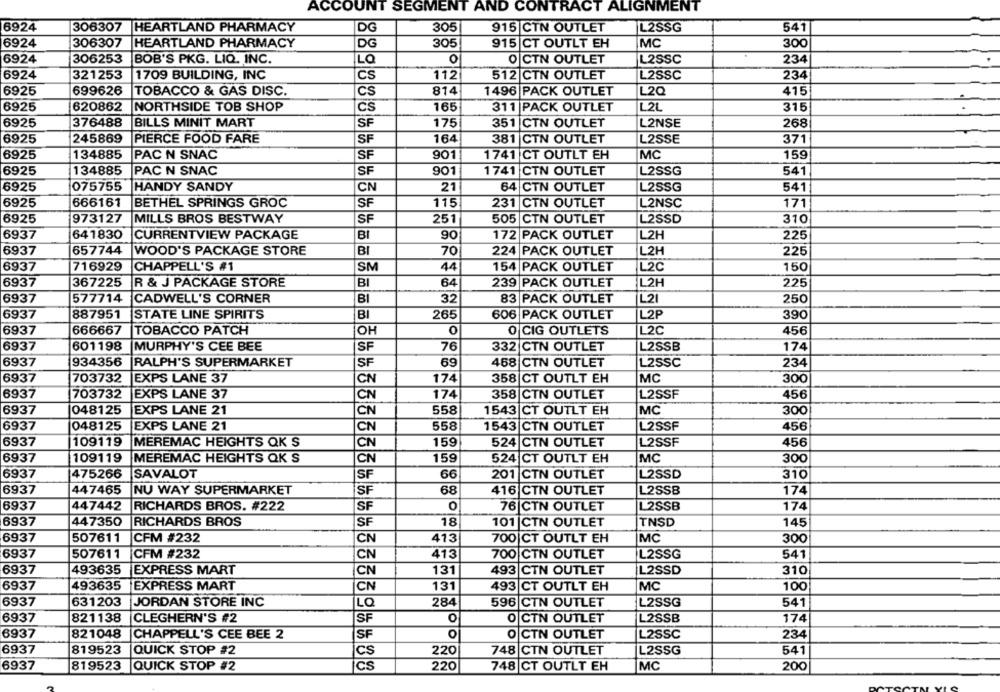
ACCOUNT SEGMENT AND CONTRACT ALIGNMENT
39
306307 HEARTLAND PHARMACY
DG
305
L2SSG
915 CTN OUTLET
541
6924
306307
HEARTLAND PHARMACY
DG
305
915 |CT OUTLT EH
MC
300
6924
306253
BOB'S PKG. LIQ, INC.
LQ
0
O CTN OUTLET
L2SSC
234
6924
321253
1709 BUILDING, INC
112
512 CTN OUTLET
L2SSC
234
CS
699626
6925
TOBACCO & GAS DISC.
CS
814
1496 PACK OUTLET
L20
415
6925
620862
NORTHSIDE TOB SHOP
CS
165
311 PACK OUTLET
L2L
315
6925
376488
BILLS MINIT MART
SF
175
351 CTN OUTLET
L2NSE
268
6925
245869
PIERCE FOOD FARE
SF
164
381 |CTN OUTLET
371
L2SSE
6925
134885
PAC N SNAC
SF
901
1741 CT OUTLT EH
MC
159
25
134885
PAC N SNAC
SF
901
1741 CTN OUTLET
L2SSG
541
075755 |HANDY SANDY
64 CTN OUTLET
L2SSG
541
6925
CN
21
69
5
666161
BETHEL SPRINGS GROC
SF
115
231 CTN OUTLET
L2NSC
171
5
973127
MILLS BROS BESTWAY
SF
251
505 CTN OUTLET
L2SSD
310
69
641830
CURRENTVIEW PACKAGE
BI
172 PACK OUTLET
90
L2H
225
69
657744
WOOD'S PACKAGE STORE
BI
70
224 PACK OUTLET
L2H
225
59
7
716929
CHAPPELL'S #1
SM
44
154 PACK OUTLET
L2C
150
59
367225
R & J PACKAGE STORE
BI
64
239 PACK OUTLET
L2H
225
6937
577714
L21
CADWELL'S CORNER
BI
32
83 PACK OUTLET
250
6937
887951
STATE LINE SPIRITS
BI
265
606 PACK OUTLET
L2P
390
6937
666667
TOBACCO PATCH
OH
0
O CIG OUTLETS
L2C
456
332 CTN OUTLET
L2SSB
6937
601198
MURPHY'S CEE BEE
SF
76
174
69
934356
RALPH'S SUPERMARKET
SF
69
468 CTN OUTLET
L2SSC
234
6937
703732
EXPS LANE 37
CN
174
358|CT OUTLT EH
MC
300
6937
703732
EXPS LANE 37
174
358 CTN OUTLET
L2SSF
456
CN
6937
048125
EXPS LANE 21
CN
558
1543 CT OUTLT EH
MC
300
6937
048125
EXPS LANE 21
CN
558
1543 CTN OUTLET
L2SSF
456
6937
109119
MEREMAC HEIGHTS QK S
159
524 CTN OUTLET
L2SSF
456
CN
6937
109119
MEREMAC HEIGHTS QK S
CN
159
524 CT OUTLT EH
MC
300
6937
475266
SAVALOT
SF
66
201 CTN OUTLET
L2SSD
310
69
37
447465
NU WAY SUPERMARKET
SF
68
416 CTN OUTLET
L2SSB
174
O
6937
447442
RICHARDS BROS. #222
SF
76 CTN OUTLET
L2SSB
174
69
447350
RICHARDS BROS
SF
18
101 |CTN OUTLET
TNSD
145
69
507611
CFM #232
CN
413
700 CT OUTLT EH
MC
300
6937
413
507611
CFM #232
CN
700 CTN OUTLET
L2SSG
541
6937
493635 EXPRESS MART
CN
131
493 CTN OUTLET
L2SSD
310
59
493635 EXPRESS MART
CN
131
493
CT OUTLT EH
MC
100
69:
37
631203
284
JORDAN STORE INC
LQ
596 CTN OUTLET
L2SSG
541
6937
821138
CLEGHERN'S #2
SF
0
O CTN OUTLET
L2SSB
174
693
821048
CHAPPELL'S CEE BEE 2
SF
O CTN OUTLET
L2SSC
234
6937
819523
QUICK STOP #2
cs
220
748
CTN OUTLET
L2SSG
541
6937
819523
QUICK STOP #2
Cs
220
748 CT OUTLT EH
MC
200